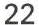
22